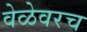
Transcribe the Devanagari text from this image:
वेळेवरच